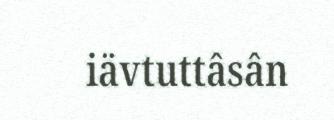
iävtuttâsân